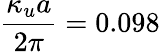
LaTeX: \frac{\kappa_{u}a}{2\pi}=0.098